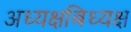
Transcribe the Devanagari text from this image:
अध्यक्षबिध्यक्ष